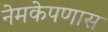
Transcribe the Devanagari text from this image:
नेमकेपणास